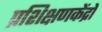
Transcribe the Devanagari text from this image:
प्रशिक्षणकेंद्रों